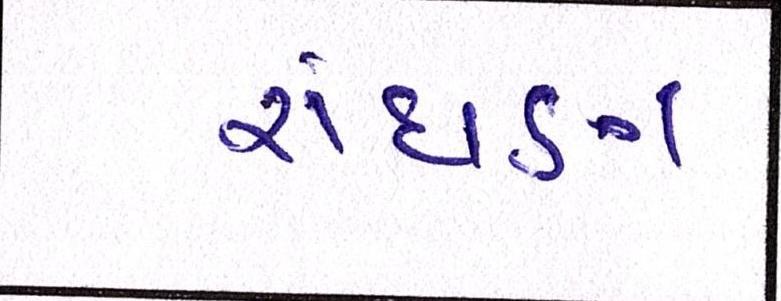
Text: રાંધણ